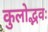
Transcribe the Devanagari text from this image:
कुलोद्भवः